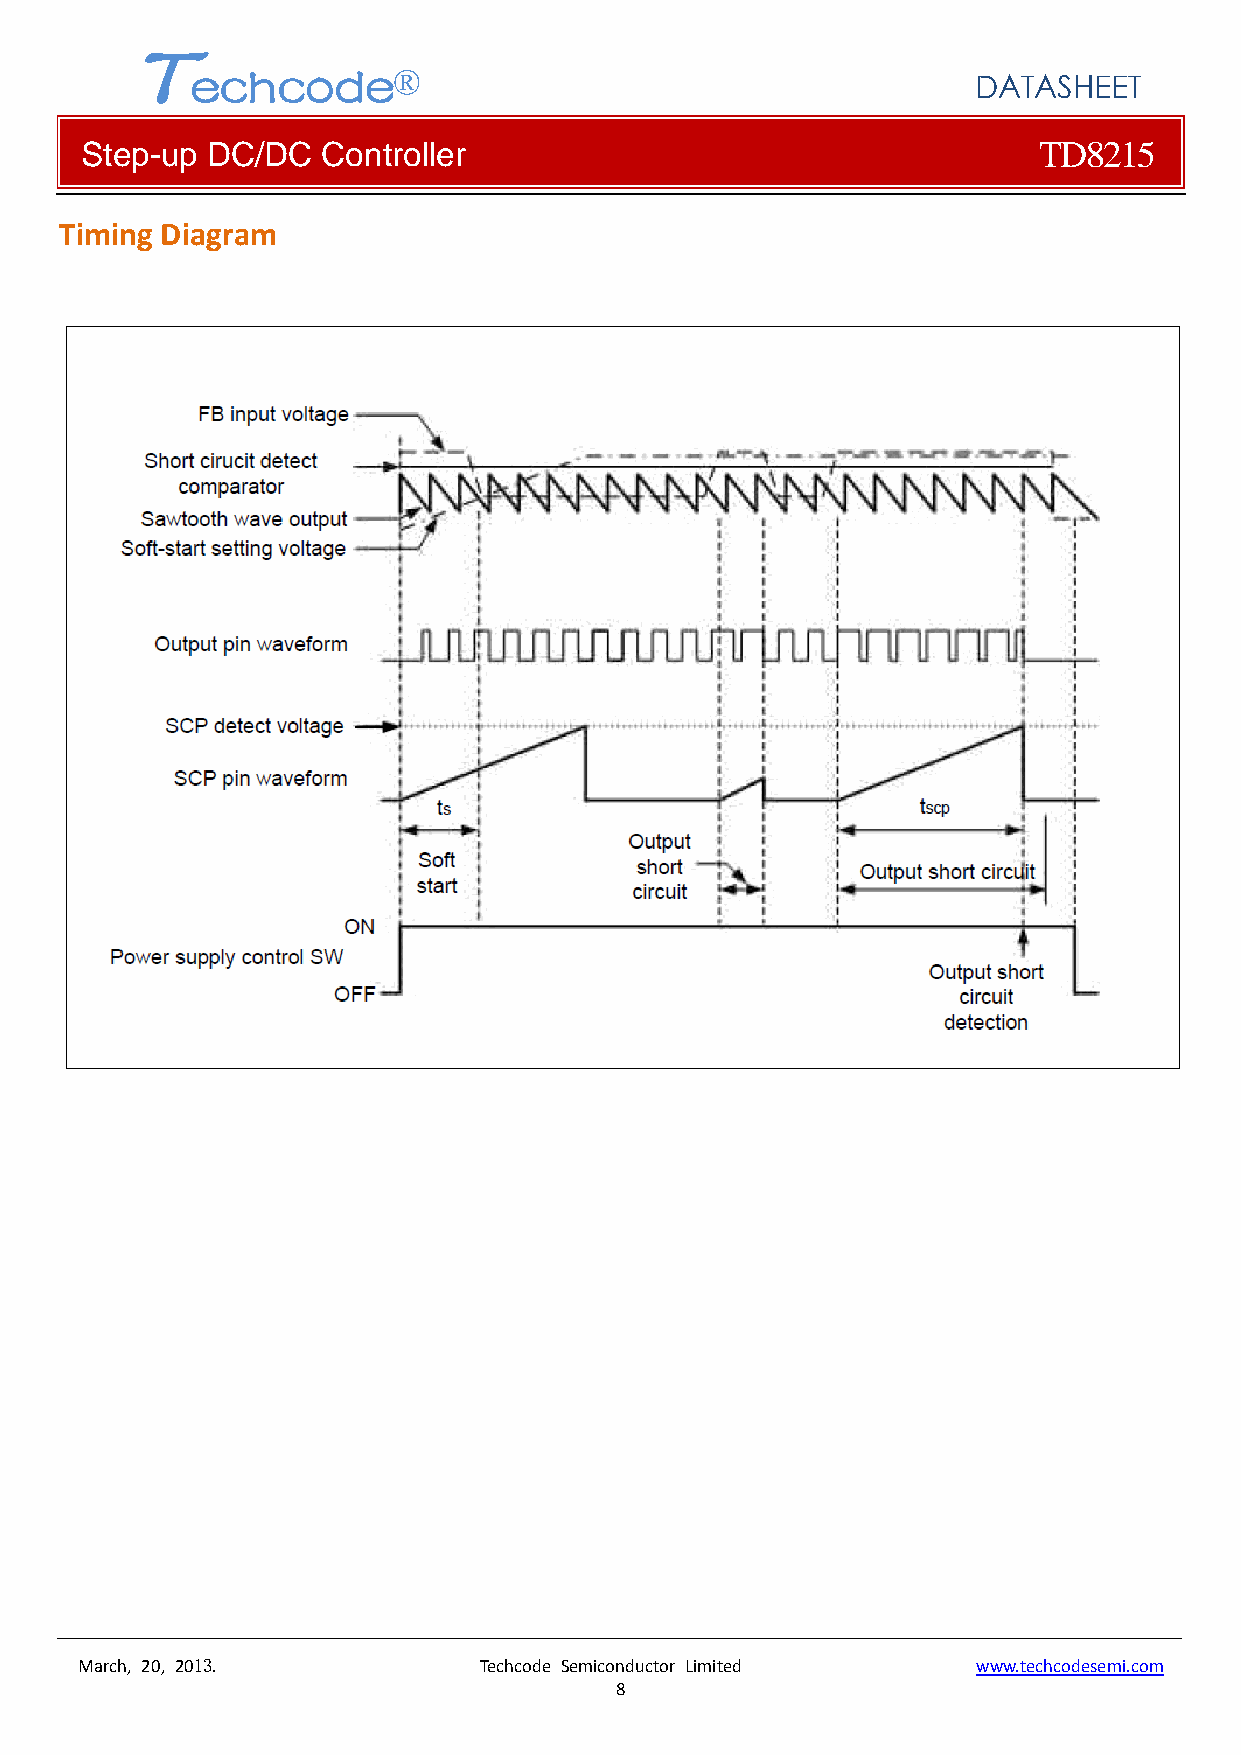
T
 echcode®
 DATASHEET
 Step-up  DC/DC  Controller                                      TD8215
 Timing Diagram
 March, 20, 2013.           Techcode Semiconductor Limited   www.techcodesemi.com
 8